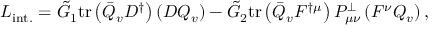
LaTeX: { \cal L } _ { \mathrm { i n t . } } = \tilde { G } _ { 1 } \mathrm { t r } \left( \bar { Q } _ { v } D ^ { \dag } \right) \left( D Q _ { v } \right) - \tilde { G } _ { 2 } \mathrm { t r } \left( \bar { Q } _ { v } F ^ { \dag \mu } \right) P _ { \mu \nu } ^ { \perp } \left( F ^ { \nu } Q _ { v } \right) ,